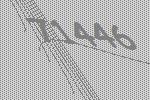
71446